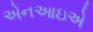
એનઆઇએ